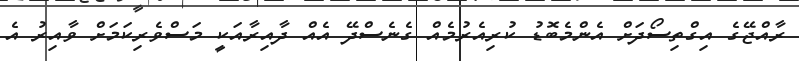
ރާއްޖޭގެ އިގްތިސޯދަށް އެންމެބޮޑު ކުރިއެރުމެއް ގެނެސްދޭ އެއް ދާއިރާއަކީ މަސްވެރިކަމަށް ވާއިރު އެ